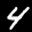
Label: 4